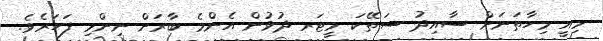
މިއީ މިހާތަނަށް ސާއިދު ސަތޭކަ މީޓަރ ދުވުން އެންމެ ބާރަށް ނިންމި ފަހަރެވެ.